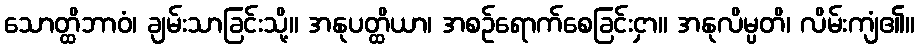
သောတ္ထိဘာဝံ၊ ချမ်းသာခြင်းသို့။ အနုပတ္ထိယာ၊ အစဉ်ရောက်စေခြင်းငှာ။ အနုလိမ္ပတိ၊ လိမ်းကျံ၏။